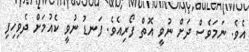
އެވެ. ނަމަވެސް ދަށް ނުވީ އޮތް ފޯރިއެވެ. ފަނޑު ނުވީ ކެއުމަށް ދެވިހިފި